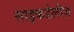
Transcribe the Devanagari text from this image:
साइकडेलीज़